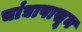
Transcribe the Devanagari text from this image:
चांद्यापासून